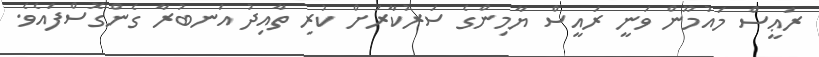
ރަޢީސް މައުމޫން ވަނީ ރައީސް ޔާމިންގެ ސަރުކާރަށް ކުރި ތާއިދު އަނބުރާ ގެންގޮސްފައެވެ.